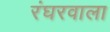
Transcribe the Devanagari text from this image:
रंघरवाला